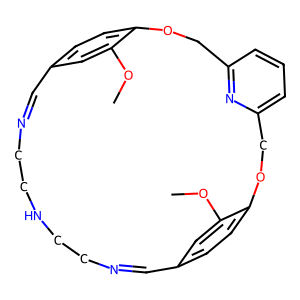
SMILES: COc1cc2ccc1OCc1cccc(n1)COc1ccc(cc1OC)C=NCCNCCN=C2
Inhibits HIV replication: Yes